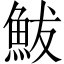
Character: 鮁